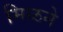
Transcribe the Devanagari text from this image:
मिळने